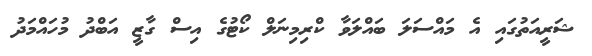
ޝަރީއަތުގައި އެ މައްސަލަ ބައްލަވާ ކްރިމިނަލް ކޯޓުގެ އިސް ގާޒީ އަބްދު މުހައްމަދު